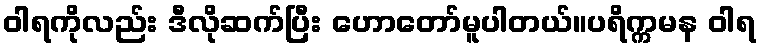
ဝါရကိုလည်း ဒီလိုဆက်ပြီး ဟောတော်မူပါတယ်။ပရိက္ကမန ဝါရ